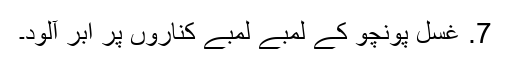
7. غسل پونچو کے لمبے لمبے کناروں پر ابر آلود۔